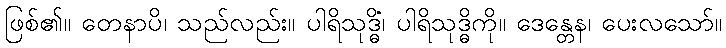
ဖြစ်၏။ တေနာပိ၊ သည်လည်း။ ပါရိသုဒ္ဓိံ၊ ပါရိသုဒ္ဓိကို။ ဒေန္တေန၊ ပေးလသော်။